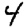
Digit: 4